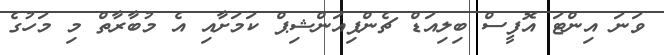
ވަނަ އިންޓަ އޮފީސް ބިލިއަޑް ޗެންޕިއަންޝިޕް ކަމަށާއި އެ މުބާރާތް މި މަހުގެ